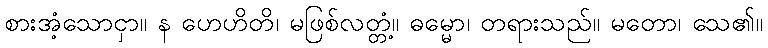
စားအံ့သောငှာ။ န ဟေဟိတိ၊ မဖြစ်လတ္တံ့။ ဓမ္မော၊ တရားသည်။ မတော၊ သေ၏။